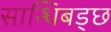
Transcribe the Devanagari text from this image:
सान्धिबड्छ